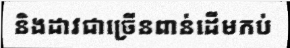
និងដាវជាច្រើនពាន់ដើមកប់